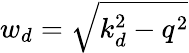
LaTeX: w_{d}=\sqrt{k_{d}^{2}-q^{2}}